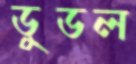
ডুডল